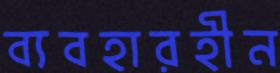
ব্যবহারহীন